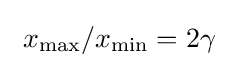
~x_{\max }/x_{\min }=2\gamma ~